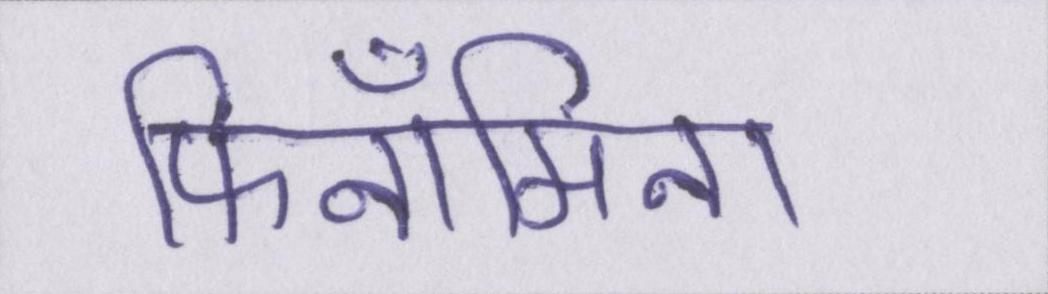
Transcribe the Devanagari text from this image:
फिनॉमिना